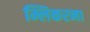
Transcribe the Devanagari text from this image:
म्लिकरना